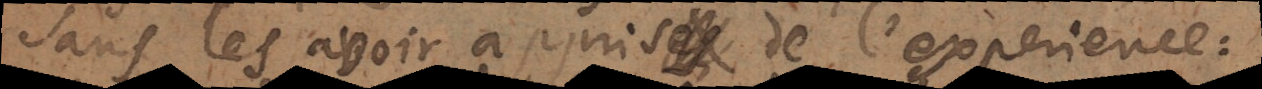
sans les avoir appris de l’expérience: